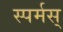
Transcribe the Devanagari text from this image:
स्पर्मस्‌